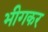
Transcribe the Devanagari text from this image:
भीगकर